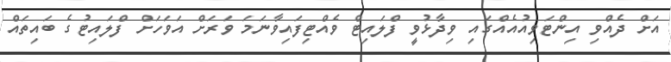
އަށް ދެއްވި އިންޓަވިއުއެއްގައި ވިދާޅުވީ ފްލައިޓް ވެއްޓިފައިވާނަމަ ވަރަށް އަވަހަށް ފްލައިޓުގެ ބައިތައް